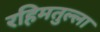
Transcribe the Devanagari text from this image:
रहिमतुल्ला